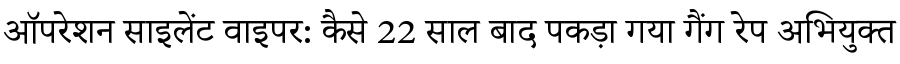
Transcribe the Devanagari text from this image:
ऑपरेशन साइलेंट वाइपर: कैसे 22 साल बाद पकड़ा गया गैंग रेप अभियुक्त